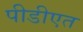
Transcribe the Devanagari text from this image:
पीडीएत